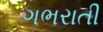
ગભરાતી